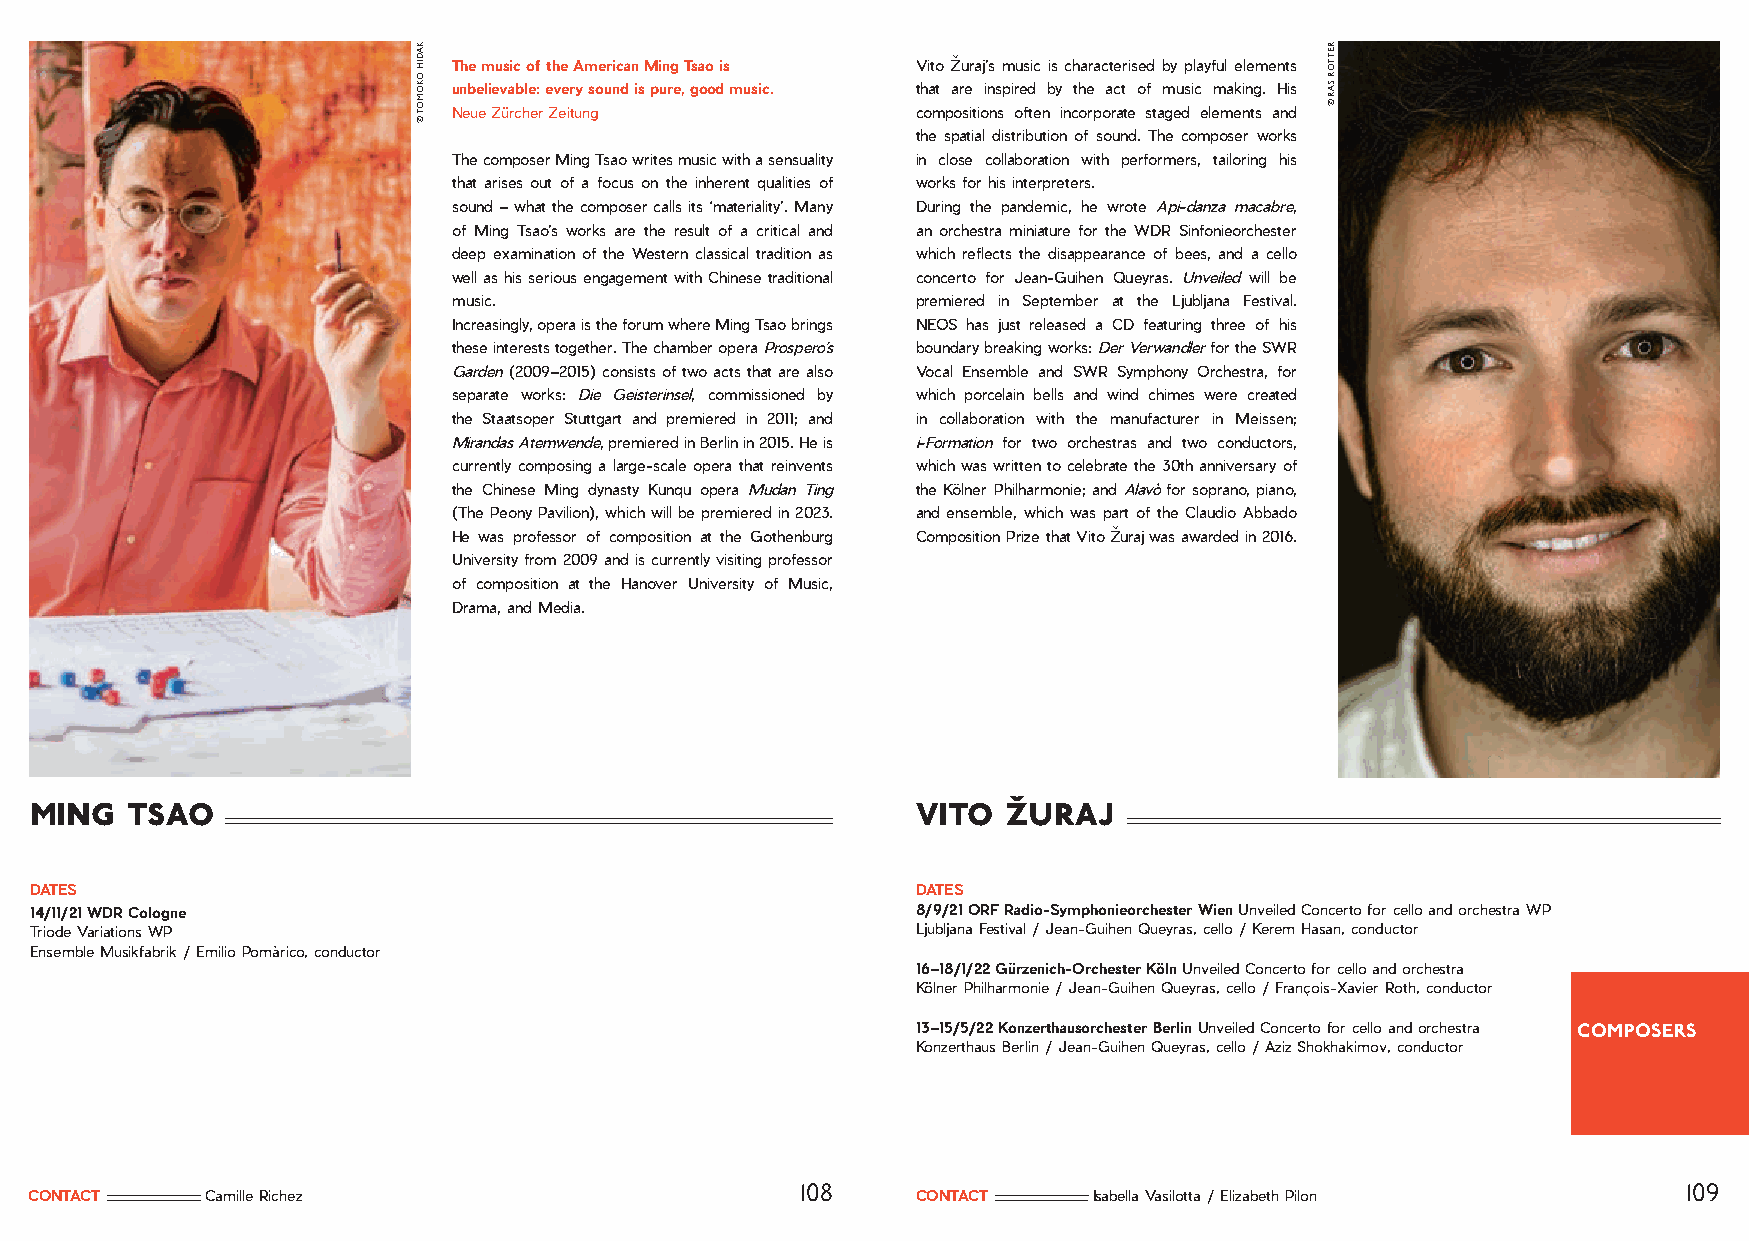
The music of the American Ming Tsao is Vito Žuraj’s music is characterised by playful elements
 unbelievable: every sound is pure, good music. that are inspired by the act of music making. His
 Neue Zürcher Zeitung           compositions often incorporate staged elements and
 the spatial distribution of sound. The composer works
 The composer Ming Tsao writes music with a sensuality in close collaboration with performers, tailoring his
 that arises out of a focus on the inherent qualities of works for his interpreters.
 sound – what the composer calls its ‘materiality’. Many During the pandemic, he wrote Api-danza macabre,
 of Ming Tsao’s works are the result of a critical and an orchestra miniature for the WDR Sinfonieorchester
 deep examination of the Western classical tradition as which reflects the disappearance of bees, and a cello
 well as his serious engagement with Chinese traditional concerto for Jean-Guihen Queyras. Unveiled will be
 music.                         premiered in September at the Ljubljana Festival.
 Increasingly, opera is the forum where Ming Tsao brings NEOS has just released a CD featuring three of his
 these interests together. The chamber opera Prospero’s boundary breaking works: Der Verwandler for the SWR
 Garden (2009–2015) consists of two acts that are also Vocal Ensemble and SWR Symphony Orchestra, for
 separate works: Die Geisterinsel, commissioned by which porcelain bells and wind chimes were created
 the Staatsoper Stuttgart and premiered in 2011; and in collaboration with the manufacturer in Meissen;
 Mirandas Atemwende, premiered in Berlin in 2015. He is i-Formation for two orchestras and two conductors,
 currently composing a large-scale opera that reinvents which was written to celebrate the 30th anniversary of
 the Chinese Ming dynasty Kunqu opera Mudan Ting the Kölner Philharmonie; and Alavò for soprano, piano,
 (The Peony Pavilion), which will be premiered in 2023. and ensemble, which was part of the Claudio Abbado
 He was professor of composition at the Gothenburg Composition Prize that Vito Žuraj was awarded in 2016.
 University from 2009 and is currently visiting professor
 of composition at the Hanover University of Music,
 Drama, and Media.
 ming  tsao                                                 vito  žuraj
 DATES                                                      DATES
 14/11/21 WDR Cologne                                       8/9/21 ORF Radio-Symphonieorchester Wien Unveiled Concerto for cello and orchestra WP
 Triode Variations WP                                       Ljubljana Festival / Jean-Guihen Queyras, cello / Kerem Hasan, conductor
 Ensemble Musikfabrik / Emilio Pomàrico, conductor
 16–18/1/22 Gürzenich-Orchester Köln Unveiled Concerto for cello and orchestra
 Kölner Philharmonie / Jean-Guihen Queyras, cello / François-Xavier Roth, conductor
 13–15/5/22 Konzerthausorchester Berlin Unveiled Concerto for cello and orchestra COMPOSERS
 Konzerthaus Berlin / Jean-Guihen Queyras, cello / Aziz Shokhakimov, conductor
 108                                                        109
 CONTACT     Camille Richez                                 CONTACT    Isabella Vasilotta / Elizabeth Pilon
 KADIH
 OKOMOT
 ©
 RETTOR
 SAR
 ©